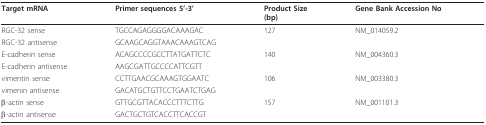
<table><thead><tr><td><b>Target mRNA</b></td><td><b>Primer sequences 5&#x27;-3&#x27;</b></td><td><b>Product Size(bp)</b></td><td><b>Gene Bank Accession No</b></td></tr></thead><tbody><tr><td>RGC-32 sense</td><td>TGCCAGAGGGGACAAAGAC</td><td>127</td><td>NM_014059.2</td></tr><tr><td>RGC-32 antisense</td><td>GCAAGCAGGTAAACAAAGTCAG</td><td></td><td></td></tr><tr><td>E-cadherin sense</td><td>ACAGCCCCGCCTTATGATTCTC</td><td>140</td><td>NM_004360.3</td></tr><tr><td>E-cadherin antisense</td><td>AAGCGATTGCCCCATTCGTT</td><td></td><td></td></tr><tr><td>vimentin sense</td><td>CCTTGAACGCAAAGTGGAATC</td><td>106</td><td>NM_003380.3</td></tr><tr><td>vimenin antisense</td><td>GACATGCTGTTCCTGAATCTGAG</td><td></td><td></td></tr><tr><td>β-actin sense</td><td>GTTGCGTTACACCCTTTCTTG</td><td>157</td><td>NM_001101.3</td></tr><tr><td>β-actin antisense</td><td>GACTGCTGTCACCTTCACCGT</td><td></td><td></td></tr></tbody></table>